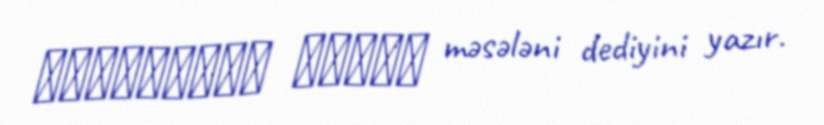
ἀνερρίφθω κύβος məsələni dediyini yazır.